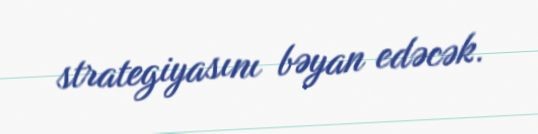
strategiyasını bəyan edəcək.